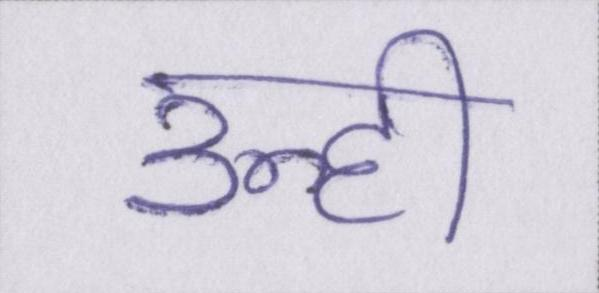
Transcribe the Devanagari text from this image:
उन्ही